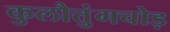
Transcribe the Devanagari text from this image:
कुलौत्तुंगचोड़